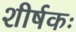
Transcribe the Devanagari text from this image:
शीर्षकः